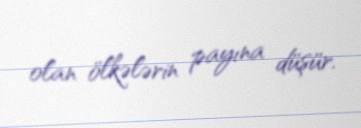
olan ölkələrin payına düşür.